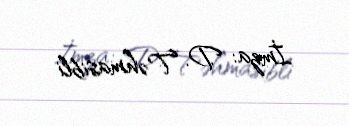
İmza: D. Təhmasibli